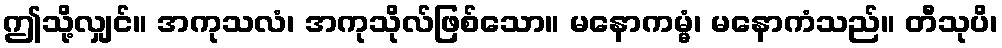
ဤသို့လျှင်။ အကုသလံ၊ အကုသိုလ်ဖြစ်သော။ မနောကမ္မံ၊ မနောကံသည်။ တီသုပိ၊